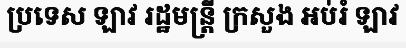
ប្រទេស ឡាវ រដ្ឋមន្ត្រី ក្រសួង អប់រំ ឡាវ